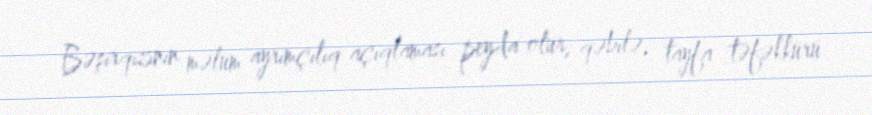
Bəşirqızının məlum ayrımçılıq açıqlaması peyda olur, qəbilə, tayfa təfəkkürü